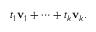
t _ { 1 } \mathbf { v } _ { 1 } + \cdots + t _ { k } \mathbf { v } _ { k } .